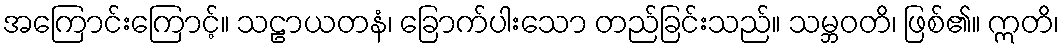
အကြောင်းကြောင့်။ သဠာယတနံ၊ ခြောက်ပါးသော တည်ခြင်းသည်။ သမ္ဘဝတိ၊ ဖြစ်၏။ ဣတိ၊